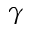
\gamma